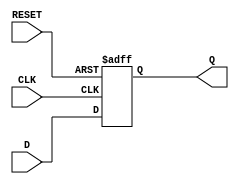
module d_ff (
    input wire D,
    input wire CLK,
    input wire RESET,
    output reg Q
);

always @(posedge CLK or posedge RESET)
begin
    if (RESET)
        Q <= 1'b0;
    else
        Q <= D;
end

endmodule